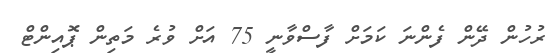
ރުހުން ދޭން ފެންނަ ކަމަށް ފާސްވާނީ 75 އަށް ވުރެ މަތިން ޕޮއިންޓް